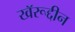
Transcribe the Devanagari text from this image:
खॅरूद्दीन